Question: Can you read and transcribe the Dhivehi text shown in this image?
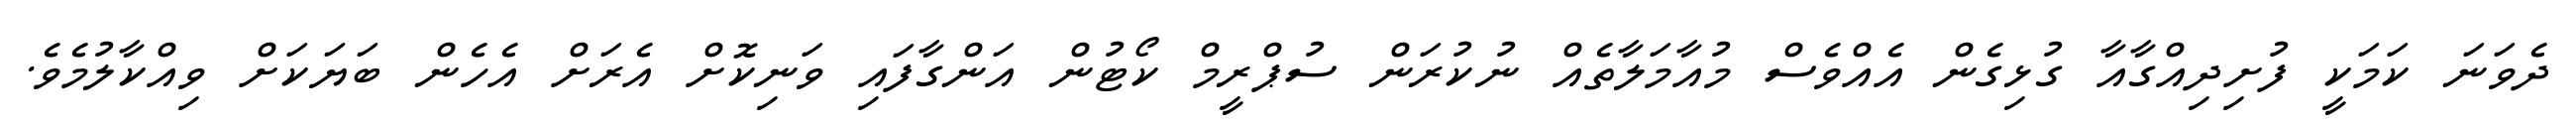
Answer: ދެވަނަ ކަމަކީ ފުށިދިއްގާއާ ގުޅިގެން އެއްވެސް މުއާމަލާތެއް ނުކުރަން ސުޕްރީމް ކޯޓުން އަންގާފައި ވަނިކޮށް އެރަށް އެހެން ބަޔަކަށް ވިއްކާލުމެވެ.